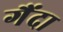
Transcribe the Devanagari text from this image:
गैंदा